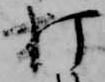
打